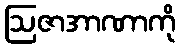
ဩဇာအာဏာကို